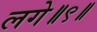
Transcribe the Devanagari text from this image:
लगे॥९॥